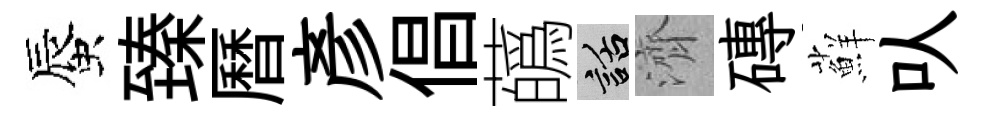
蜃臻曆彥倡蘤話濟磚蘚㕥